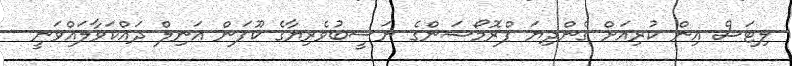
ލިޓަސް އިން ކުރިއަށް ގެންދިޔަ ޕްރޮމޯޝަންގެ ނަސީބުވެރިޔާގެ ކޫޕަން އަނިލް ދައްކަވާލައްވަނީ